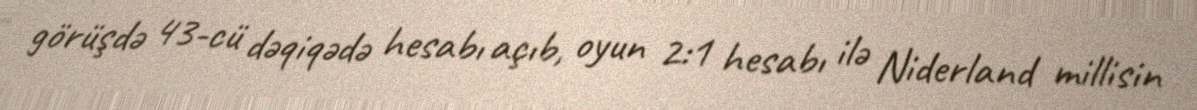
görüşdə 43-cü dəqiqədə hesabı açıb, oyun 2:1 hesabı ilə Niderland millisin